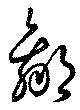
羸